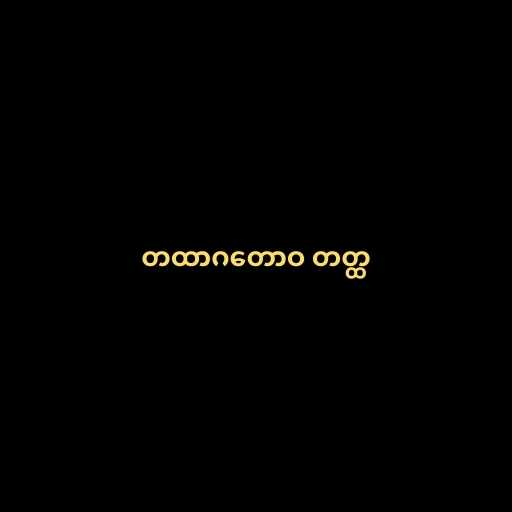
တထာဂတောဝ တတ္ထ